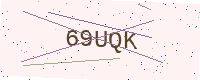
Text: 69UQK